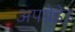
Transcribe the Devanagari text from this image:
अपग्रेडेड